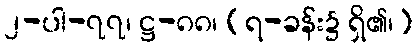
၂-ပါ-၇၇၊ ဋ္ဌ-၈၈၊ (ရ-ခန်း၌ ရှိ၏၊)